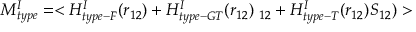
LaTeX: M _ { t y p e } ^ { I } = < H _ { t y p e - F } ^ { I } ( r _ { 1 2 } ) + H _ { t y p e - G T } ^ { I } ( r _ { 1 2 } ) { \bf \sigma } _ { 1 2 } + H _ { t y p e - T } ^ { I } ( r _ { 1 2 } ) { S } _ { 1 2 } ) >